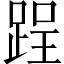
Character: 𨁎